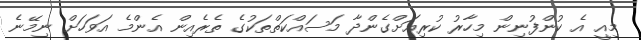
މިއީ އެ ކުންފުނިން މިހާރު ކުރިއަށްގެންދާ މަސައްކަތްތަކުގެ ތެރެއިން އެންމެ އަވަހަށް ނިމޭނެ